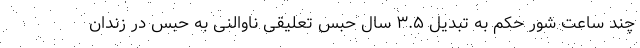
چند ساعت شور حکم به تبدیل ۳.۵ سال حبس تعلیقی ناوالنی به حبس در زندان